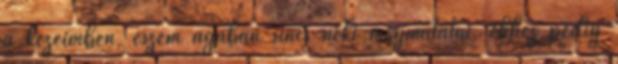
a kezeimben, eszem ágában sincs neki megmutatni, ehhez pedig